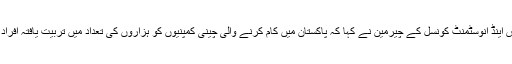
چائنا پاکستان بزنس اینڈ انوسٹمنٹ کونسل کے چیرمین نے کہا کہ پاکستان میں کام کرنے والی چینی کمپنیوں کو ہزاروں کی تعداد میں تربیت یافتہ افراد کی ضرورت ہے۔